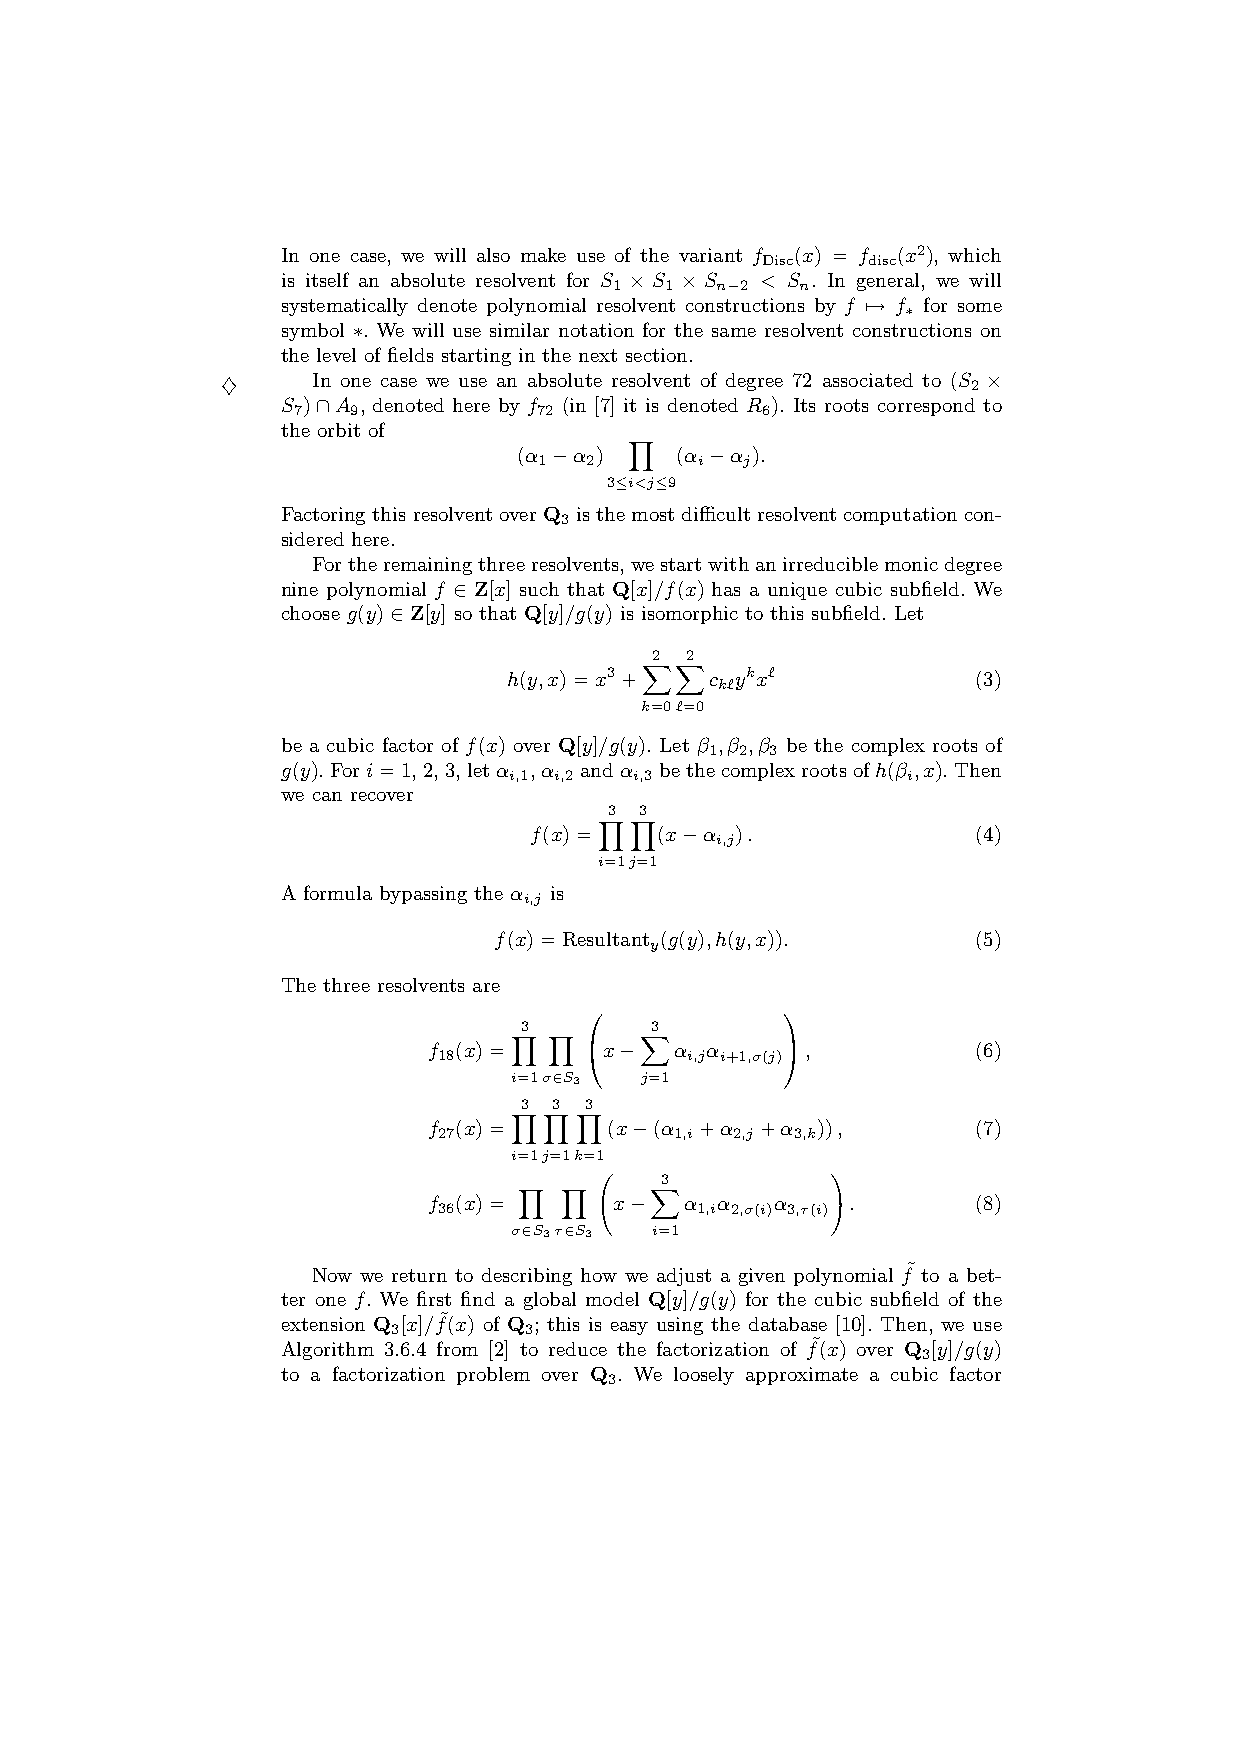
In one case, we will also make use of the variant f (x) = f (x2), which
 Disc   disc
 is itself an absolute resolvent for S × S × S < S . In general, we will
 1  1  n−2   n
 systematically denote polynomial resolvent constructions by f 7→ f for some
 ∗
 symbol ∗. We will use similar notation for the same resolvent constructions on
 the level of fields starting in the next section.
 ♦     In one case we use an absolute resolvent of degree 72 associated to (S 2 ×
 S )∩A , denoted here by f (in [7] it is denoted R ). Its roots correspond to
 7   9            72            6
 the orbit of
 Y
 (α −α )    (α −α ).
 1  2      i  j
 3≤i<j≤9
 FactoringthisresolventoverQ isthemostdifficultresolventcomputationcon-
 3
 sidered here.
 Fortheremainingthreeresolvents,westartwithanirreduciblemonicdegree
 nine polynomial f ∈ Z[x] such that Q[x]/f(x) has a unique cubic subfield. We
 choose g(y)∈Z[y] so that Q[y]/g(y) is isomorphic to this subfield. Let
 2 2
 XX
 h(y,x)=x3+   c ykx‘            (3)
 k‘
 k=0‘=0
 be a cubic factor of f(x) over Q[y]/g(y). Let β ,β ,β be the complex roots of
 1 2 3
 g(y).Fori=1,2,3,letα ,α andα bethecomplexrootsofh(β ,x).Then
 i,1 i,2 i,3               i
 we can recover
 3 3
 YY
 f(x)=   (x−α  ).              (4)
 i,j
 i=1j=1
 A formula bypassing the α is
 i,j
 f(x)=Resultant (g(y),h(y,x)).   (5)
 y
 The three resolvents are
             
 3        3
 Y Y     X
 f 18(x)=   x−   α i,jα i+1,σ(j),   (6)
 i=1σ∈S3 j=1
 3  3 3
 YY  Y
 f (x)=      (x−(α +α  +α  )),        (7)
 27              1,i 2,j 3,k
 i=1j=1k=1
 3          !
 Y  Y     X
 f (x)=       x−  α α   α    .        (8)
 36               1,i 2,σ(i) 3,τ(i)
 σ∈S3τ∈S3 i=1
 Now we return to describing how we adjust a given polynomial f˜to a bet-
 ter one f. We first find a global model Q[y]/g(y) for the cubic subfield of the
 extension Q [x]/f˜(x) of Q ; this is easy using the database [10]. Then, we use
 3        3
 Algorithm 3.6.4 from [2] to reduce the factorization of f˜(x) over Q [y]/g(y)
 3
 to a factorization problem over Q . We loosely approximate a cubic factor
 3